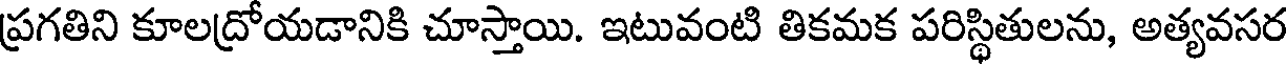
ప్రగతిని కూలద్రోయడానికి చూస్తాయి. ఇటువంటి తికమక పరిస్థితులను, అత్యవసర